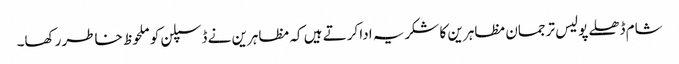
شام ڈھلے پولیس ترجمان مظاہرین کا شکریہ ادا کرتے ہیں کہ مظاہرین نے ڈسپلن کو ملحوظ خاطر رکھا۔